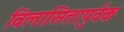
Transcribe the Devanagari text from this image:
विलासितापुर्वक